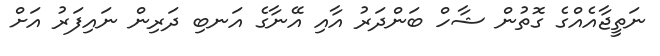
ނަތީޖާއެއްގެ ގޮތުން ޝާހް ބަންދަރު އާއި އޭނާގެ އަނބި ދަރިން ނައިފަރު އަށް